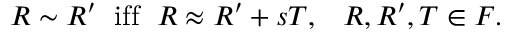
R \sim R ^ { \prime } \; \mathrm { ~ i f f ~ } \; R \approx R ^ { \prime } + s T , \; \; \; R , R ^ { \prime } , T \in { \cal F } .